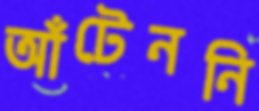
আঁটেননি